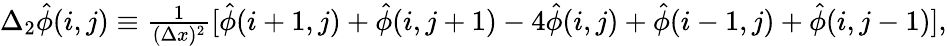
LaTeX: \begin{array}{r}{\Delta_{2}\hat{\phi}(i,j)\equiv\frac{1}{(\Delta x)^{2}}[\hat{\phi}(i+1,j)+\hat{\phi}(i,j+1)-4\hat{\phi}(i,j)+\hat{\phi}(i-1,j)+\hat{\phi}(i,j-1)],}\end{array}